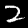
Digit: 2